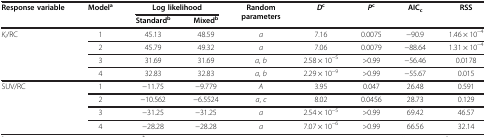
| <ROWSPAN=2> Response variable | <ROWSPAN=2> Modela | <COLSPAN=2> Log likelihood | <ROWSPAN=2> Random parameters | <ROWSPAN=2> Dc | <ROWSPAN=2> Pc | <ROWSPAN=2> AICc | <ROWSPAN=2> RSS |
 | Standardb | Mixedb |
 | --- | --- | --- | --- | --- | --- | --- | --- | --- |
 | Ki/RC | 1 | 45.13 | 48.59 | a | 7.16 | 0.0075 | −90.9 | 1.46 × 10−4 |
 |  | 2 | 45.79 | 49.32 | a | 7.06 | 0.0079 | −88.64 | 1.31 × 10−4 |
 |  | 3 | 31.69 | 31.69 | a, b | 2.58 × 10−5 | >0.99 | −56.46 | 0.0178 |
 |  | 4 | 32.83 | 32.83 | a, b | 2.29 × 10−9 | >0.99 | −55.67 | 0.015 |
 | SUV/RC | 1 | −11.75 | −9.779 | A | 3.95 | 0.047 | 26.48 | 0.591 |
 |  | 2 | −10.562 | −6.5524 | a, c | 8.02 | 0.0456 | 28.73 | 0.129 |
 |  | 3 | −31.25 | −31.25 | a | 2.54 × 10−5 | >0.99 | 69.42 | 46.57 |
 |  | 4 | −28.28 | −28.28 | a | 7.07 × 10−6 | >0.99 | 66.56 | 32.14 |